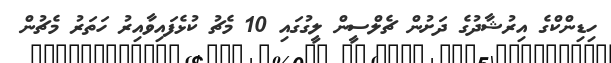
ހިޑިންކްގެ އިރުޝާދުގެ ދަށުން ޗެލްސީން ލީގުގައި 10 މެޗު ކުޅެފައިވާއިރު ހަތަރު މެޗުން